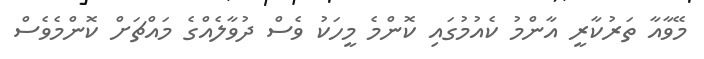
މޭވާއާ ތަރުކާރީ އާންމު ކެއުމުގައި ކޮންމެ މީހަކު ވެސް ދުވާލެއްގެ މައްޗަށް ކޮންމެވެސް